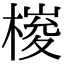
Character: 𣖱